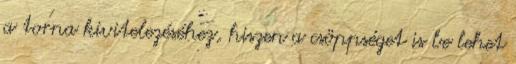
a torna kivitelezéséhez, hiszen a csöppséget is be lehet